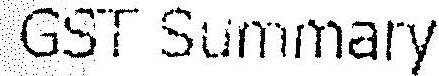
GST SUMMARY